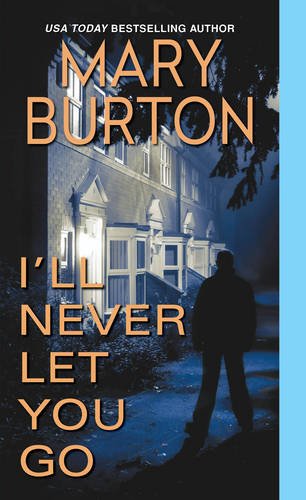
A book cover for I'll Never Let You Go (Morgans of Nashville); Mary Burton; Mystery, Thriller & Suspense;